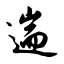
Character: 遄